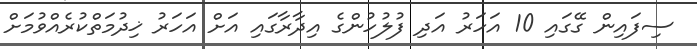
ސިފައިން ގޭގައި 10 އަހަރު އަދި ފުލުހުންގެ އިދާރާގައި އަށް އަހަރު ޚިދުމަތްކުރެއްވުމަށް